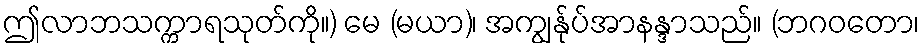
ဤလာဘသက္ကာရသုတ်ကို။) မေ (မယာ)၊ အကျွန်ုပ်အာနန္ဒာသည်။ (ဘဂဝတော၊